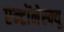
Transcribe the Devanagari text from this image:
एन्टोंनेस्क्यू